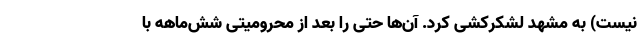
نیست) به مشهد لشکرکشی کرد. آن‌ها حتی را بعد از محرومیتی شش‌ماهه با